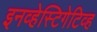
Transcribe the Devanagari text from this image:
इनव्हेस्टिगेटिव्ह